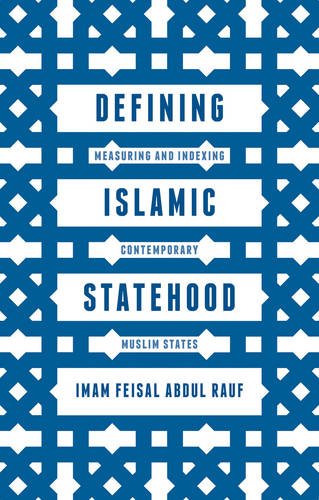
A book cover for Defining Islamic Statehood: Measuring and Indexing Contemporary Muslim States; Imam Feisal Abdul Rauf; Religion & Spirituality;